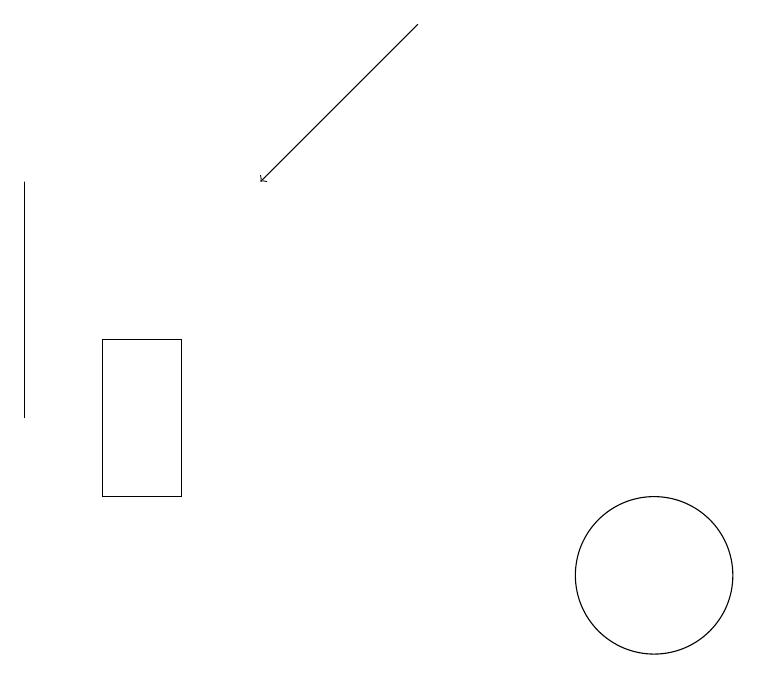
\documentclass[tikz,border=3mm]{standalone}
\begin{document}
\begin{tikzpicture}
\draw (11,10) circle (1);
\draw (3,12) rectangle (3,15);
\draw[->] (8,17) -- (6,15);
\draw (4,11) rectangle (5,13);
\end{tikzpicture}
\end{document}